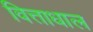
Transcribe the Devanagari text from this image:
वित्ताधाल